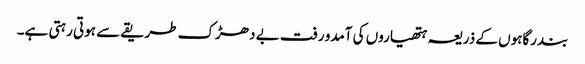
بندرگاہوں کے ذریعہ ہتھیاروں کی آمدو رفت بے دھڑک طریقے سے ہوتی رہتی ہے۔